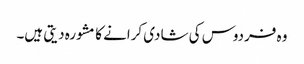
وہ فردوس کی شادی کرانے کا مشورہ دیتی ہیں۔